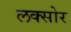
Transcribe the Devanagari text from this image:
लक्सोर